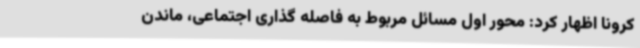
کرونا اظهار کرد: محور اول مسائل مربوط به فاصله گذاری اجتماعی، ماندن